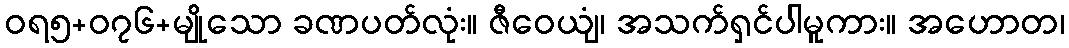
ဝရ၅+၀၇၆+မျိုသော ခဏပတ်လုံး။ ဇီဝေယျံ၊ အသက်ရှင်ပါမူကား။ အဟောတ၊